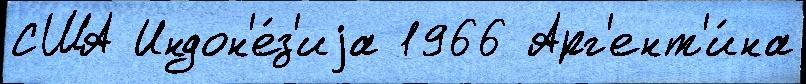
США Индон'е́з'иjа 1966 Арг'ент'и́на